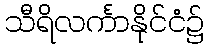
သီရိလင်္ကာနိုင်ငံ၌